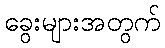
ခွေးများအတွက်